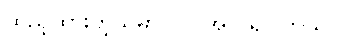
ထည့်ထားတဲ့သူမှာ ၁၀ အုပ် ရပါတယ်။